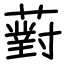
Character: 薱